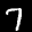
Label: 7